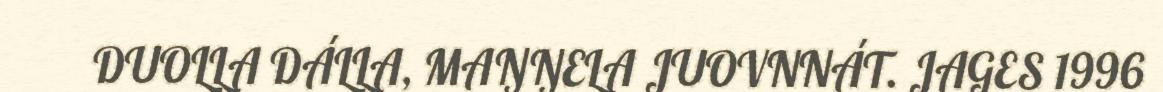
DUOLLA DÁLLA, MAŊŊELA JUOVNNÁT. JAGES 1996